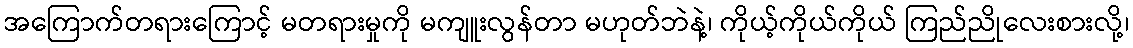
အကြောက်တရားကြောင့် မတရားမှုကို မကျူးလွန်တာ မဟုတ်ဘဲနဲ့၊ ကိုယ့်ကိုယ်ကိုယ် ကြည်ညိုလေးစားလို့၊